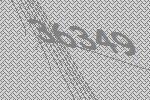
36349